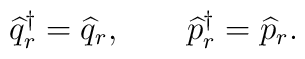
\widehat q_r^\dagger = \widehat q_r, \qquad \widehat p_r^\dagger =\widehat p_r.